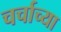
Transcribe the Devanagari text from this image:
चर्चाच्या